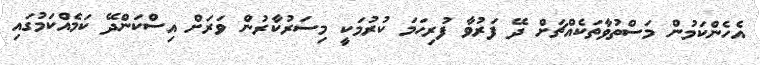
އެހެންކަމުން މަސްތުވާތަކެއްޗަށް ދޭ ފަރުވާ ފުރިހަމަ ކުރުމަކީ މިސަރުކާރުން ވަރަށް އިސްކަންދޭ ކަމެއްކަމުގައި